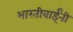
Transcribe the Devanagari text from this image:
भारतीबाईंनी